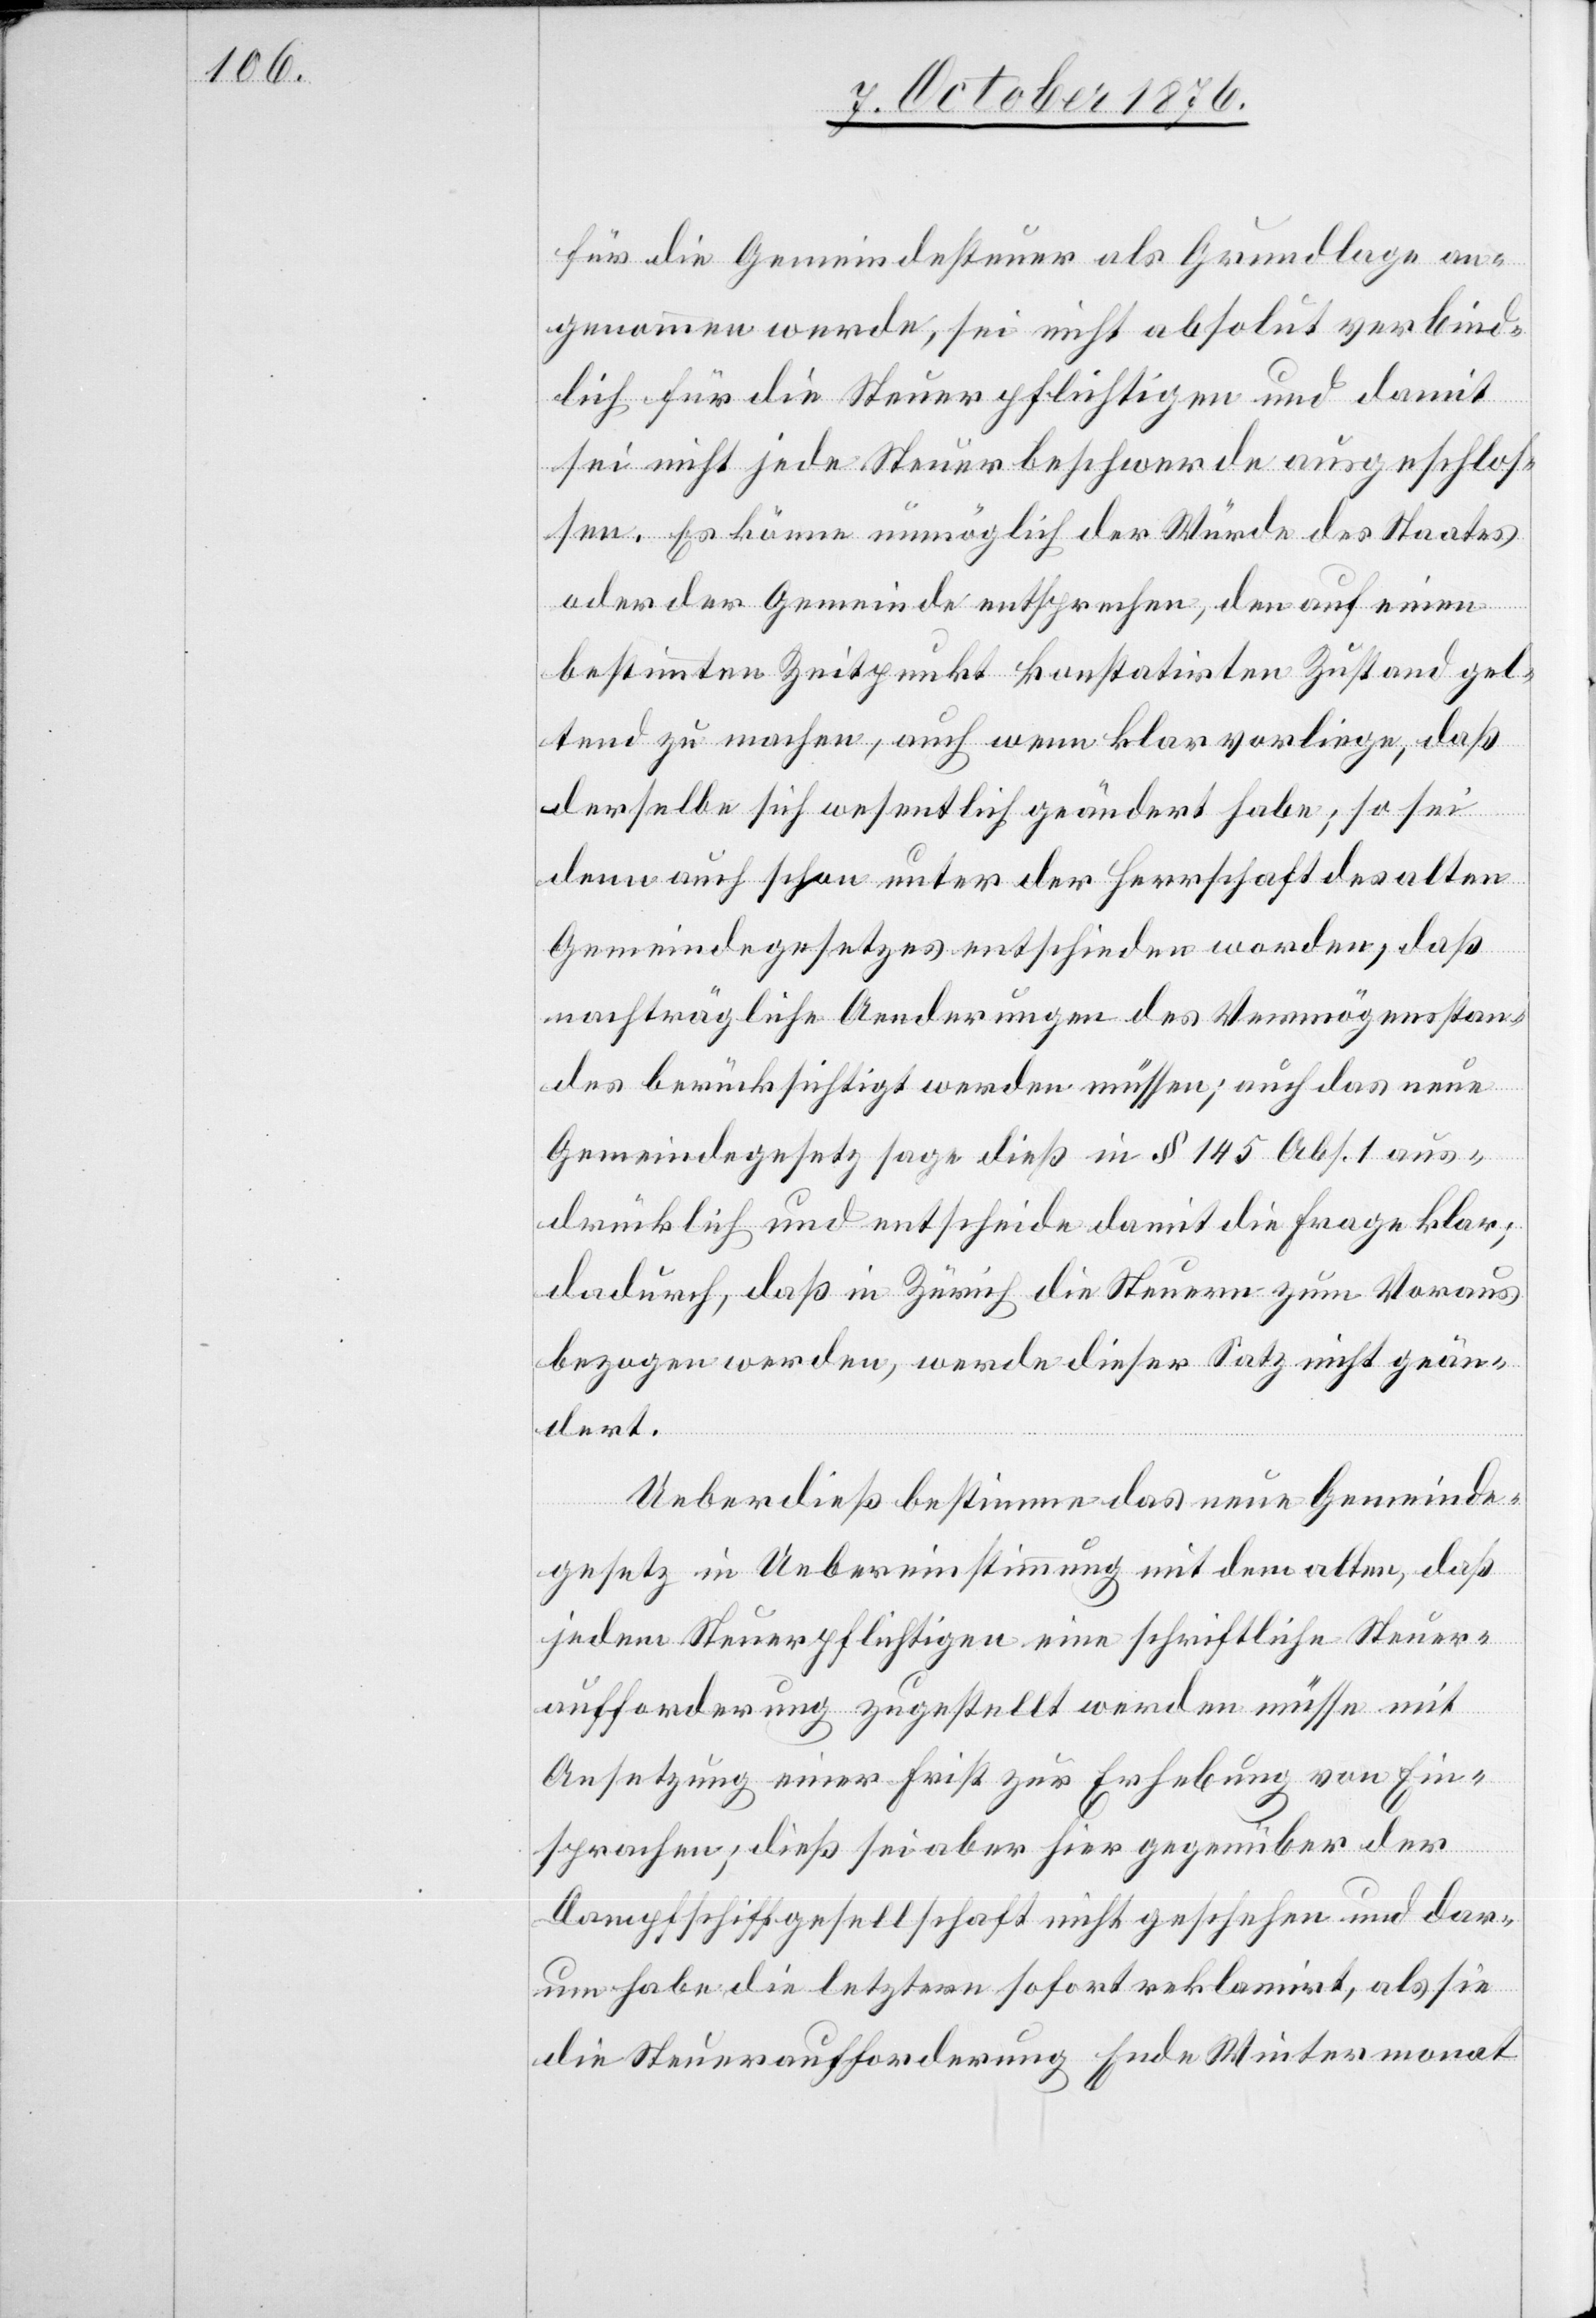
für die Gemeindesteuer als Grundlage an¬
genommen werde, sie nicht absolut verbind¬
lich für die Steuerpflichtigen und damit
sei nicht jede Steuerbeschwerde ausgeschlos¬
sen. Es könne unmöglich der Würde des Staates
oder der Gemeinde entsprechen, den auf einen
bestimmten Zeitpunkt konstatirten Zustand gel¬
tend zu machen, auch wenn klar vorliege, daß
derselbe sich wesentlich geändert habe; so sei
denn auch schon unter der Herrschaft des alten
Gemeindegesetzes entschieden worden, daß
nachträgliche Aenderungen des Vermögensstan¬
des berücksichtigt werden müssen; auch das neue
Gemeindegesetz sage dieß in § 145 Abs. 1 aus¬
drücklich und entscheide damit die Frage klar;
dadurch, daß in Zürich die Steuern zum Voraus
bezogen werden, werde dieser Satz nicht geän¬
dert.
Ueberdieß bestimme das neue Gemeinde¬
gesetz in Uebereinstimmung mit dem alten, daß
jedem Steuerpflichtigen eine schriftliche Steuer¬
aufforderung zugestellt werden müsse mit
Ansetzung einer Frist zur Erhebung von Ein¬
sprachen; dieß sei aber hier gegenüber der
Dampfschiffgesellschaft nicht geschehen und dar¬
um habe die letztere sofort reklamirt, als sie
die Steueraufforderung Ende Wintermonat